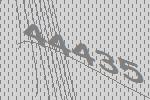
44435